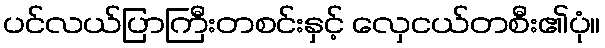
ပင်လယ်ပြာကြီးတစင်းနှင့် လှေငယ်တစီး၏ပုံ။